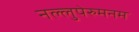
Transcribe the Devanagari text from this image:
नल्लुपेरुमनम